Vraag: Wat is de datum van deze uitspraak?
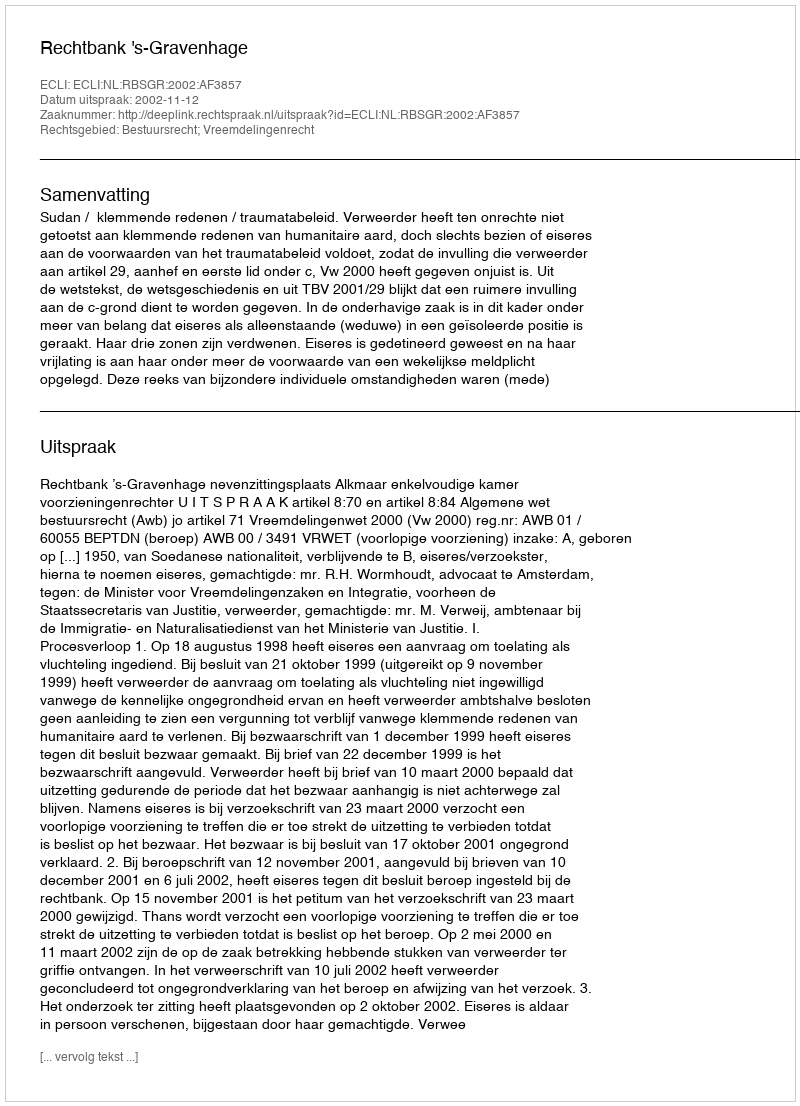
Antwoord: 2002-11-12